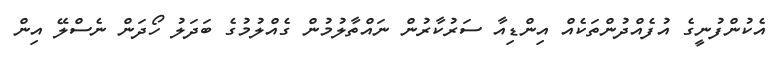
އެކުންފުނީގެ އުފެއްދުންތަކެއް އިންޑިއާ ސަރުކާރުން ނައްތާލުމުން ގެއްލުމުގެ ބަދަލު ހޯދަން ނެސްލޭ އިން